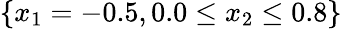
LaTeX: \{ x_{1}=-0.5,0.0\leq x_{2}\leq 0.8\}